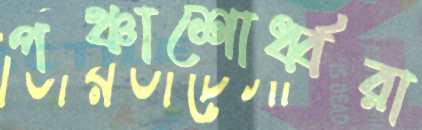
পঞ্চাশোর্ধ্বরা